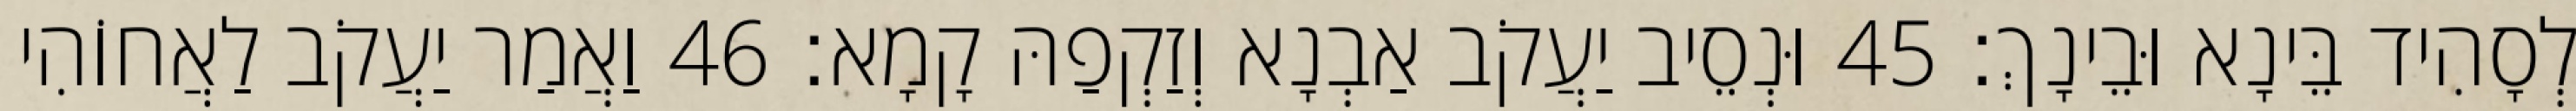
לְסָהִיד בֵּינָא וּבֵינָךְ׃ 45 וּנְסֵיב יַעֲקֹב אַבְנָא וְזַקְפַהּ קָמָא׃ 46 וַאֲמַר יַעֲקֹב לַאֲחוֹהִי